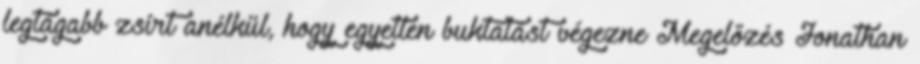
legtágabb zsírt anélkül, hogy egyetlen buktatást végezne Megelőzés Jonathan